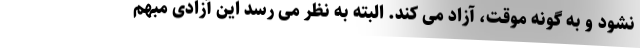
نشود و به گونه موقت، آزاد می کند. البته به نظر می رسد این آزادی مبهم